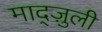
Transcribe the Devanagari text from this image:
माद्ज़ुली